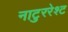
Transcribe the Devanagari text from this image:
नाटुररेश्ट